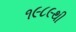
૧૯૮૯થી